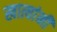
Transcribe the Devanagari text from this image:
खात्यांनी